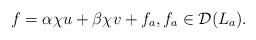
LaTeX: \begin{align*} f=\alpha\chi u+\beta\chi v+f_a,f_a\in \mathcal{D}(L_a). \end{align*}